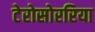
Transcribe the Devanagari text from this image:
टेरोसोररिया